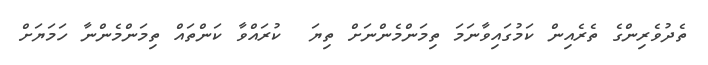
ތެދުވެރިންގެ ތެރެއިން ކަމުގައިވާނަމަ ތިމަންމެންނަށް ތިޔަ  ކުރައްވާ ކަންތައް ތިމަންމެންނާ ހަމަޔަށް